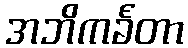
အဘိကင်္ခတာ